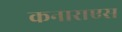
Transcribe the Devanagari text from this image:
कनाराएस